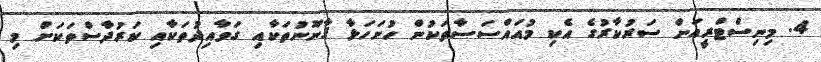
4. މިނިސްޓްރީއަށް ސަރުކާރުގެ އެކި މުއައްސަސާތަކުން ހުށަހަޅާ ޤާނޫނުތަކާއި ގަވާއިދުތަކާއި ކަރުދާސްތަކަށް މި